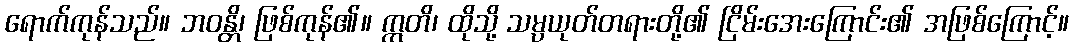
ရောက်ကုန်သည်။ ဘဝန္တိ၊ ဖြစ်ကုန်၏။ ဣတိ၊ ထိုသို့ သမ္ပယုတ်တရားတို့၏ ငြိမ်းအေးကြောင်း၏ အဖြစ်ကြောင့်။